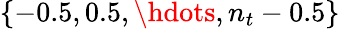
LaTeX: \{ -0.5,0.5,\hdots,n_{t}-0.5\}